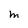
Character: M